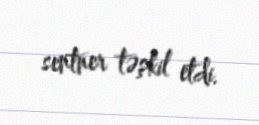
sentner təşkil etdi.